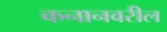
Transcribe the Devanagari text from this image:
कनानवरील